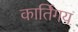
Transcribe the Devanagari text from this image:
कार्तिगय